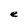
Character: e